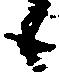
候